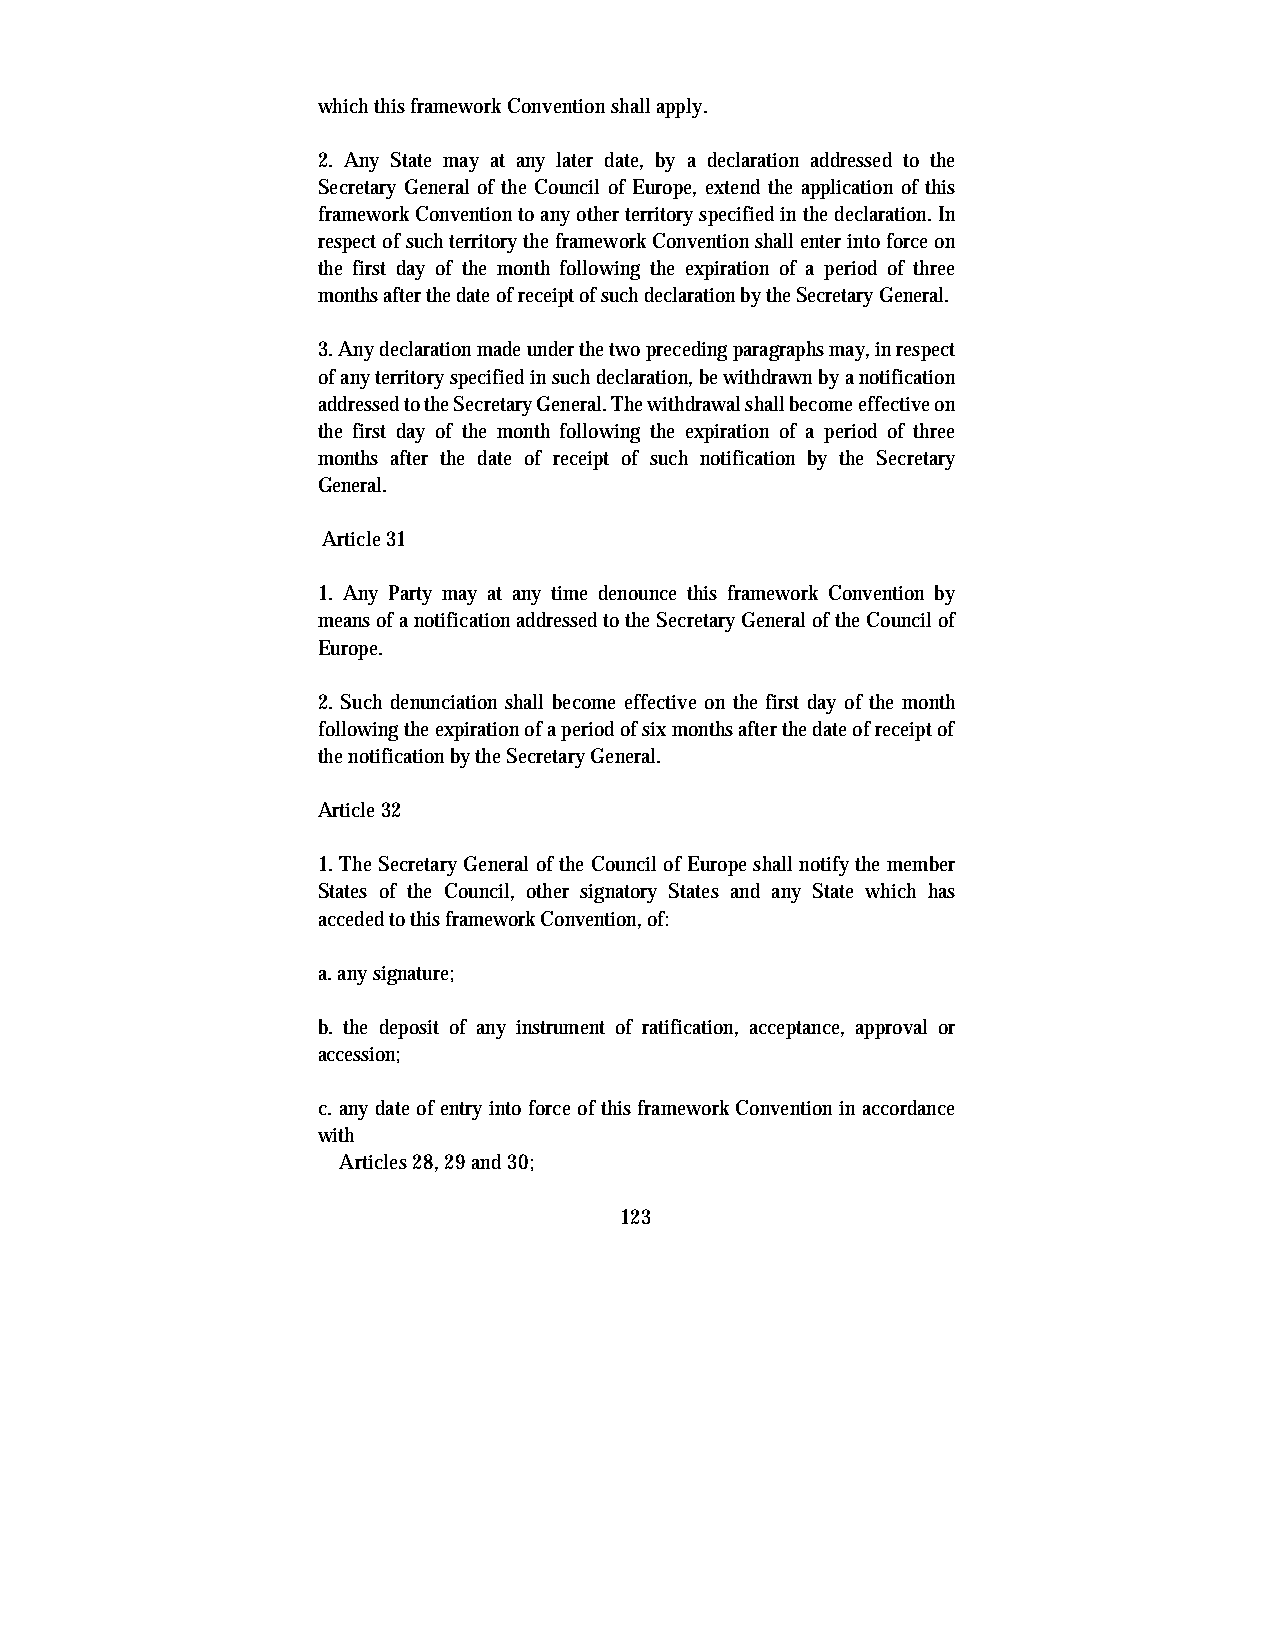
which this framework Convention shall apply.
 2. Any State may at any later date, by a declaration addressed to the
 Secretary General of the Council of Europe, extend the application of this
 framework Convention to any other territory specified in the declaration. In
 respect of such territory the framework Convention shall enter into force on
 the first day of the month following the expiration of a period of three
 months after the date of receipt of such declaration by the Secretary General.
 3. Any declaration made under the two preceding paragraphs may, in respect
 of any territory specified in such declaration, be withdrawn by a notification
 addressed to the Secretary General. The withdrawal shall become effective on
 the first day of the month following the expiration of a period of three
 months after the date of receipt of such notification by the Secretary
 General.
 Article 31
 1. Any Party may at any time denounce this framework Convention by
 means of a notification addressed to the Secretary General of the Council of
 Europe.
 2. Such denunciation shall become effective on the first day of the month
 following the expiration of a period of six months after the date of receipt of
 the notification by the Secretary General.
 Article 32
 1. The Secretary General of the Council of Europe shall notify the member
 States of the Council, other signatory States and any State which has
 acceded to this framework Convention, of:
 a. any signature;
 b. the deposit of any instrument of ratification, acceptance, approval or
 accession;
 c. any date of entry into force of this framework Convention in accordance
 with
 Articles 28, 29 and 30;
 123